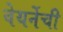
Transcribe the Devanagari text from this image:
वेयर्नेची